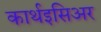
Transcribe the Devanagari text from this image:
कार्थइसिअर